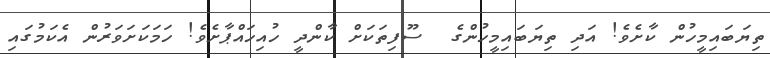
ތިޔަބައިމީހުން ކާށެވެ! އަދި ތިޔަބައިމީހުންގެ  ސޫފިތަކަށް ކާންދީ ހުއިހައްޕާށެވެ! ހަމަކަށަވަރުން އެކަމުގައި